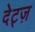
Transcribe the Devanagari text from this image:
देट्ज़